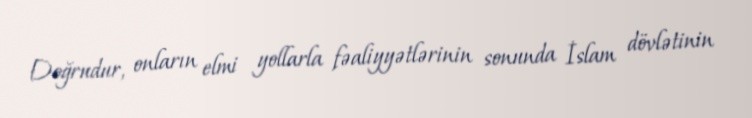
Doğrudur, onların elmi yollarla fəaliyyətlərinin sonunda İslam dövlətinin